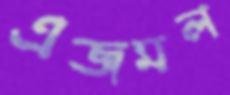
এজমল